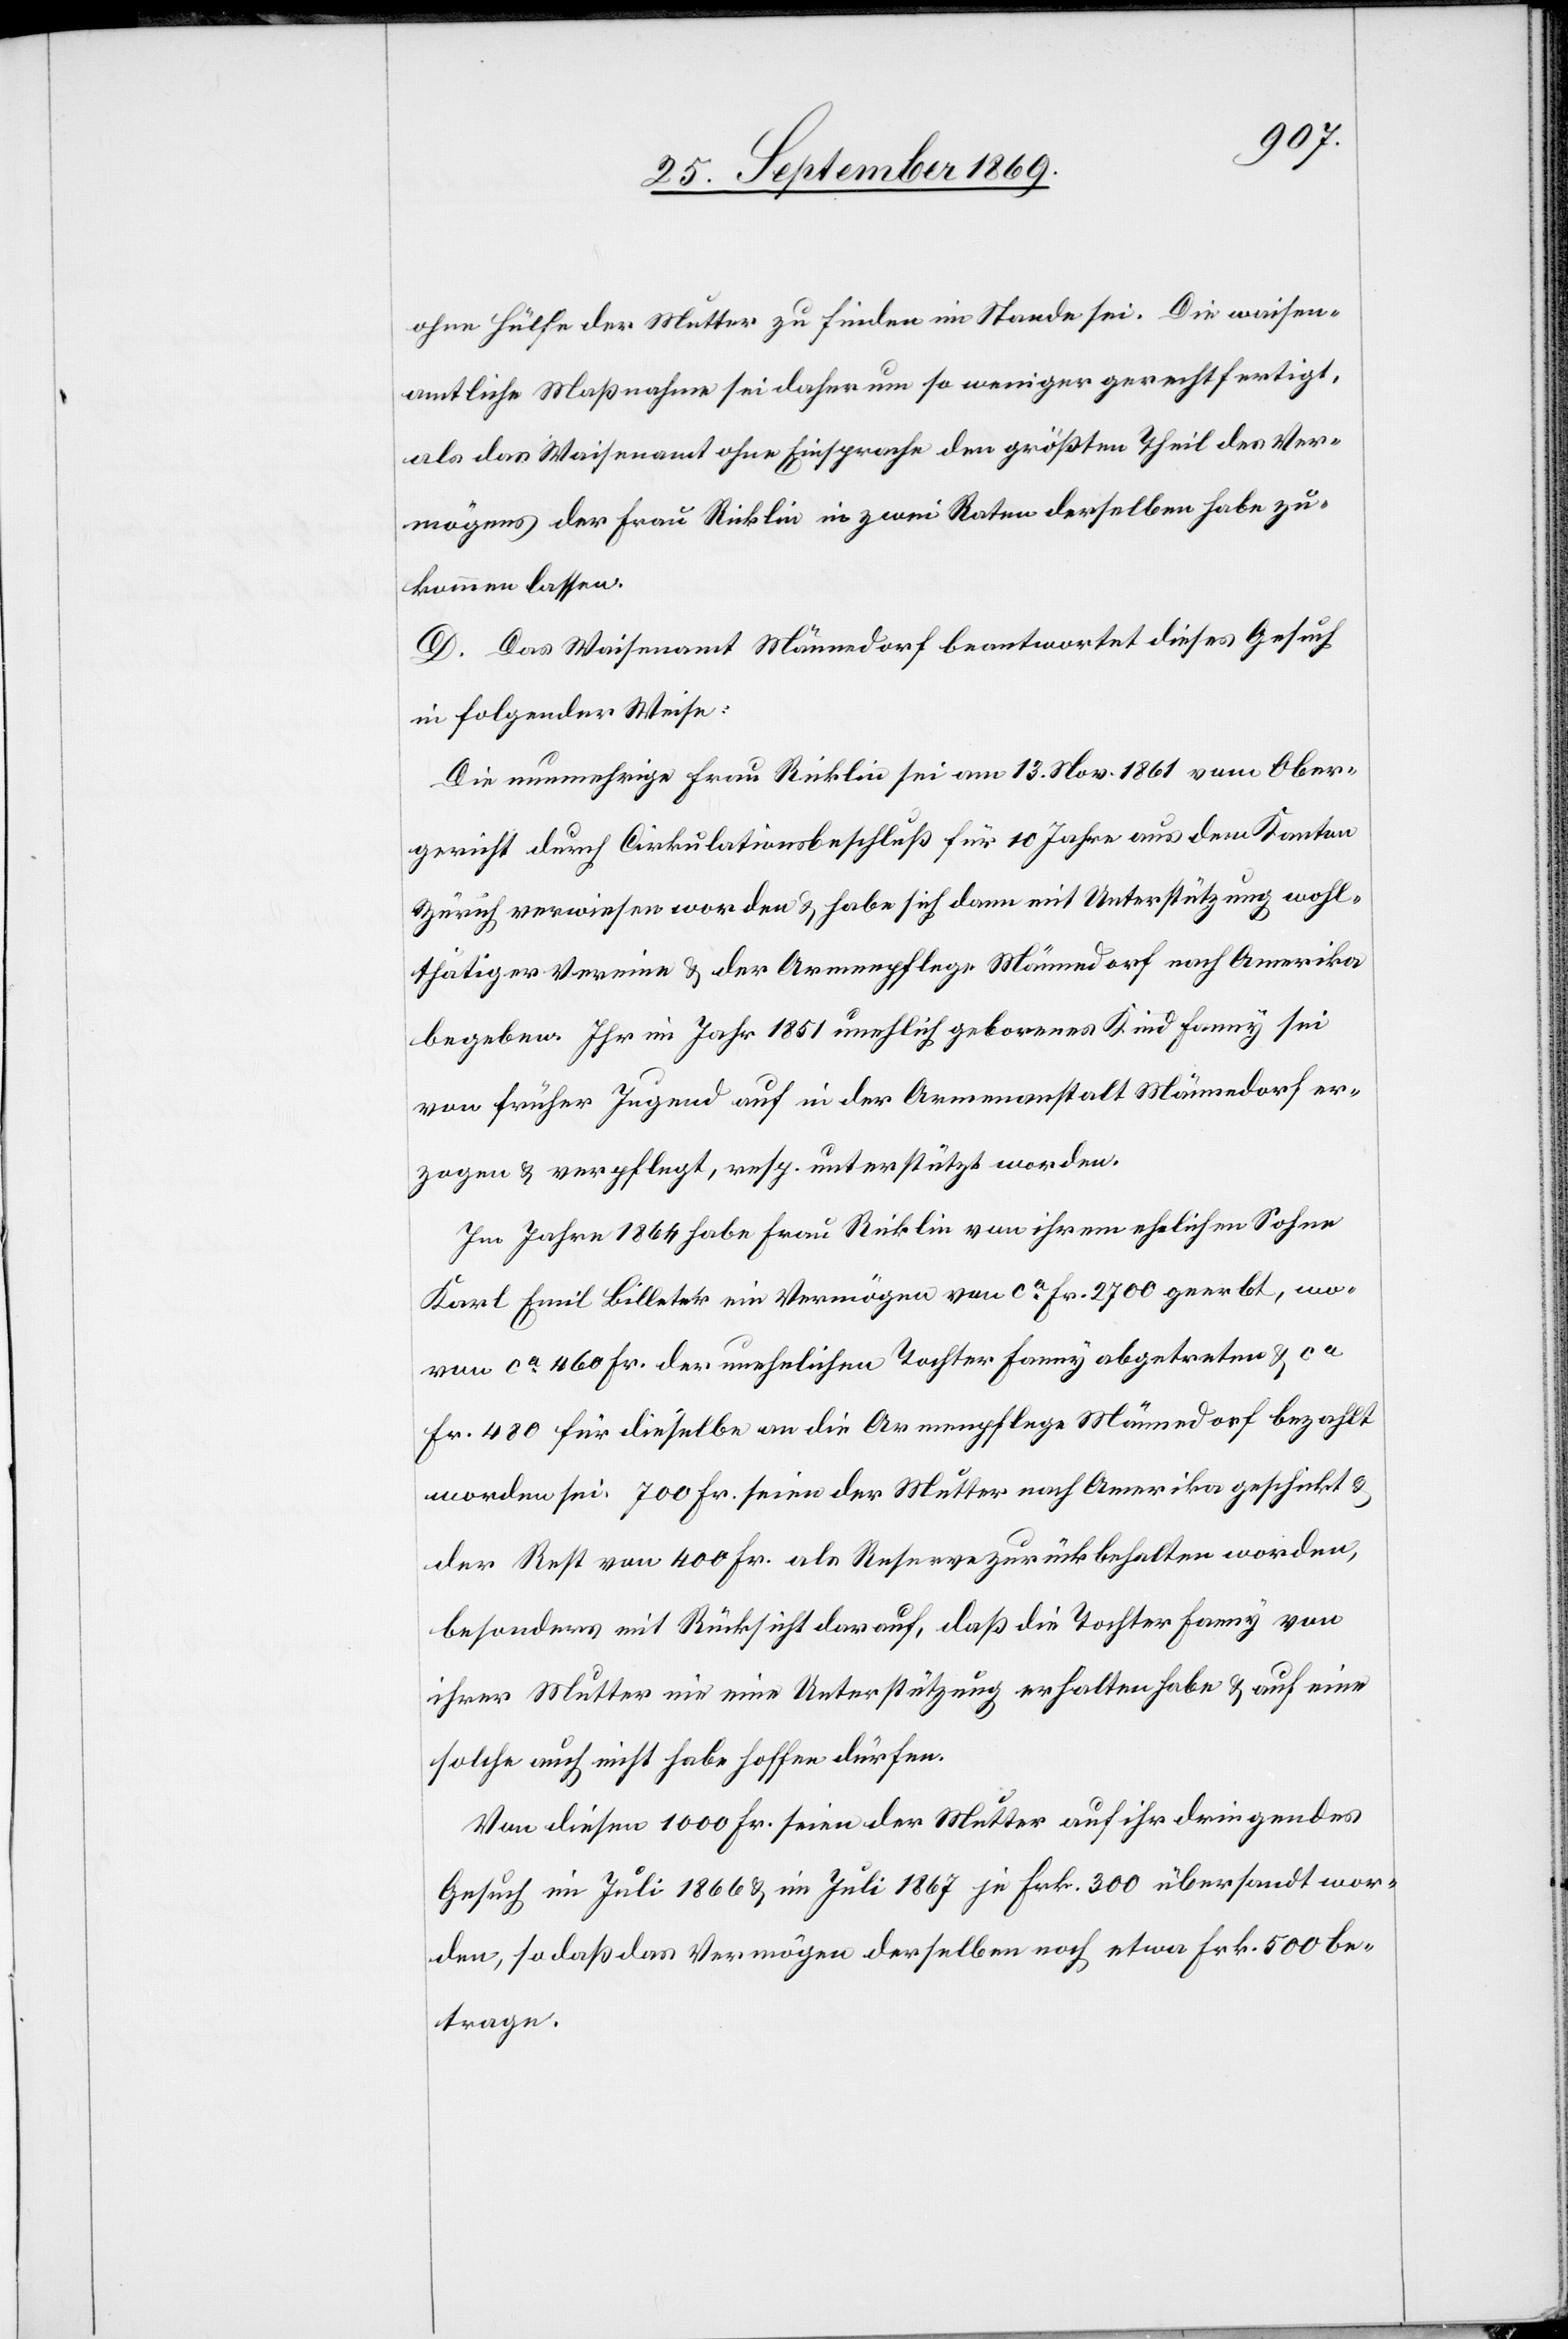
ohne Hülfe der Mutter zu finden im Stande sei. Die waisen¬
amtliche Maßnahme sei daher um so weniger gerechtfertigt,
als das Waisenamt ohne Einsprache den größten Theil des Ver¬
mögens der Frau Ricklin in zwei Raten derselben habe zu¬
kommen lassen.
D. Das Waisenamt Männedorf beantwortet dieses Gesuch
in folgender Weise:
Die nunmehrige Frau Ricklin sei am 13. Nov. 1861 vom Ober¬
gericht durch Cirkulationsbeschluß für 10 Jahre aus dem Kanton
Zürich verwiesen worden & habe sich dann mit Unterstützung wohl¬
thätiger Vereine & der Armenpflege Männedorf nach Amerika
begeben. Ihr im Jahr 1851 unehlich [sic!] geborenes Kind Fanny sei
von früher Jugend auf in der Armenanstalt Männedorf er¬
zogen & verpflegt, resp. unterstützt worden.
Im Jahre 1864 habe Frau Ricklin von ihrem ehelichen Sohne
Karl Emil Billeter ein Vermögen von ca Fr. 2700 geerbt, wo¬
von ca 460 Fr. der unehelichen Tochter Fanny abgetreten & ca
Fr. 480 für dieselbe an die Armenpflege Männedorf bezahlt
worden sei[en]. 700 Fr. seien der Mutter nach Amerika geschickt &
der Rest von 400 Fr. als Reserve zurückbehalten worden,
besonders mit Rücksicht darauf, daß die Tochter Fanny von
ihrer Mutter nie eine Unterstützung erhalten habe & auf eine
solche auch nicht habe hoffen dürfen.
Von diesen 1000 Fr. seien der Mutter auf ihr dringendes
Gesuch im Juli 1866 & im Juli 1867 je Frk. 300 übersandt wor¬
den, so daß das Vermögen derselben noch etwa Frk. 500 be¬
trage.